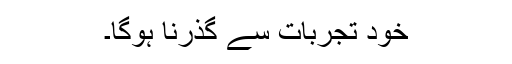
خود تجربات سے گذرنا ہوگا۔